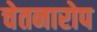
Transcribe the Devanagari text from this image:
चेतनारोप